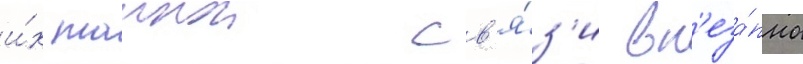
и́х таинои св'я́з'и вн'еза́пно